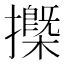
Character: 𢷽